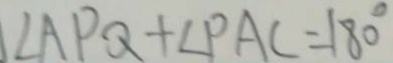
\angle A P Q + \angle P A C = 1 8 0 ^ { \circ }